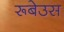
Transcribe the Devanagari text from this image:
रूबेउस